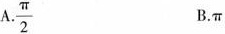
A.\frac{\pi}{2} B.\pi